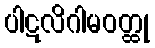
ပါဋလိဂါမဝတ္ထု